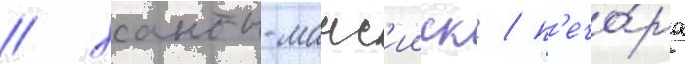
/ ханты-манс'ииск / п'ечо́ра